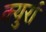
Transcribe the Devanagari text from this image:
क्युर्रा